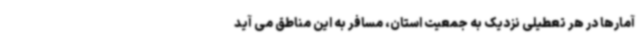
آمارها در هر تعطیلی نزدیک به جمعیت استان، مسافر به این مناطق می آید